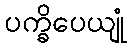
ပက္ခိပေယျုံ